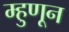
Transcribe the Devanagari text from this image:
म्हुणून